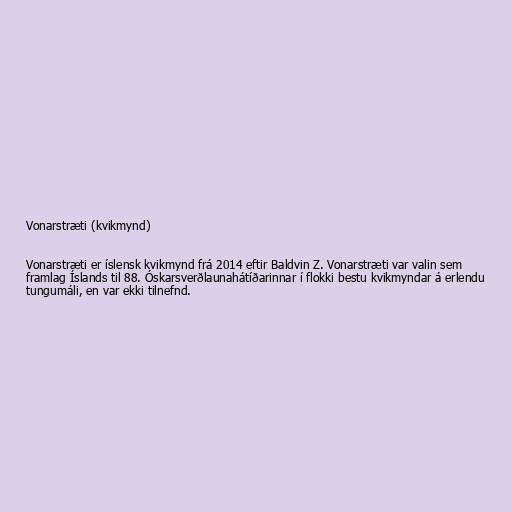
Vonarstræti (kvikmynd)

Vonarstræti er íslensk kvikmynd frá 2014 eftir Baldvin Z. Vonarstræti var valin sem
framlag Íslands til 88. Óskarsverðlaunahátíðarinnar í flokki bestu kvikmyndar á erlendu
tungumáli, en var ekki tilnefnd.